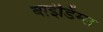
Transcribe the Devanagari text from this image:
बाइंडिंग्स